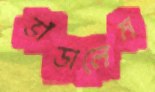
ভাঁড়ালেম